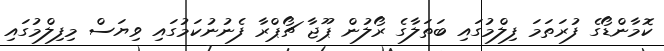
ކޮމާންޑޯގެ ފުރަތަމަ ފިލްމުގައި ބަތަލާގެ ރޯލުން ޕޫޖާ ޗޯޕްރާ ފެނުނުކަމުގައި ވިޔަސް މިފިލްމުގައި